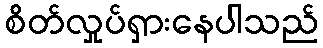
စိတ်လှုပ်ရှားနေပါသည်